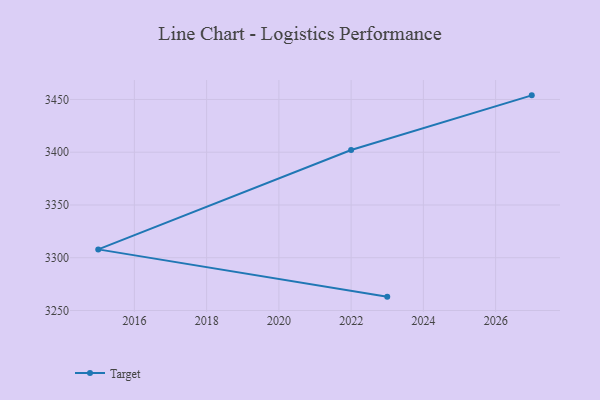
{"axis": {"x": "Year", "y": "Website Visitors"}, "legend": ["Target"], "data": [{"x": "2027", "y": 3453.9, "type": "Target"}, {"x": "2022", "y": 3402.1, "type": "Target"}, {"x": "2015", "y": 3307.9, "type": "Target"}, {"x": "2023", "y": 3263.1, "type": "Target"}]}